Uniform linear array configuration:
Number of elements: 64
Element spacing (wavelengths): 0.75
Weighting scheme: kaiser
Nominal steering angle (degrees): -45
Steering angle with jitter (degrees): -46.09
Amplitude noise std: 0.05
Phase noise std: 0.05

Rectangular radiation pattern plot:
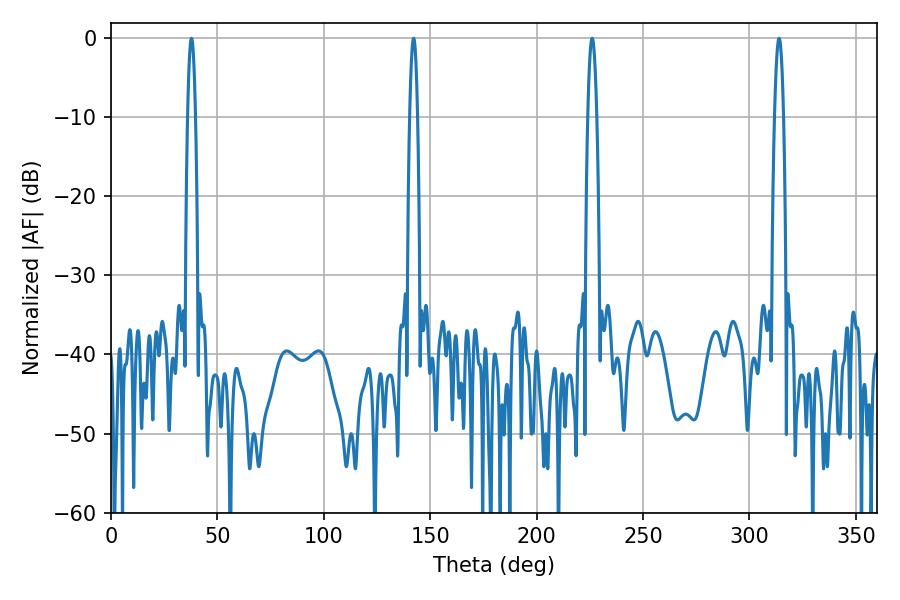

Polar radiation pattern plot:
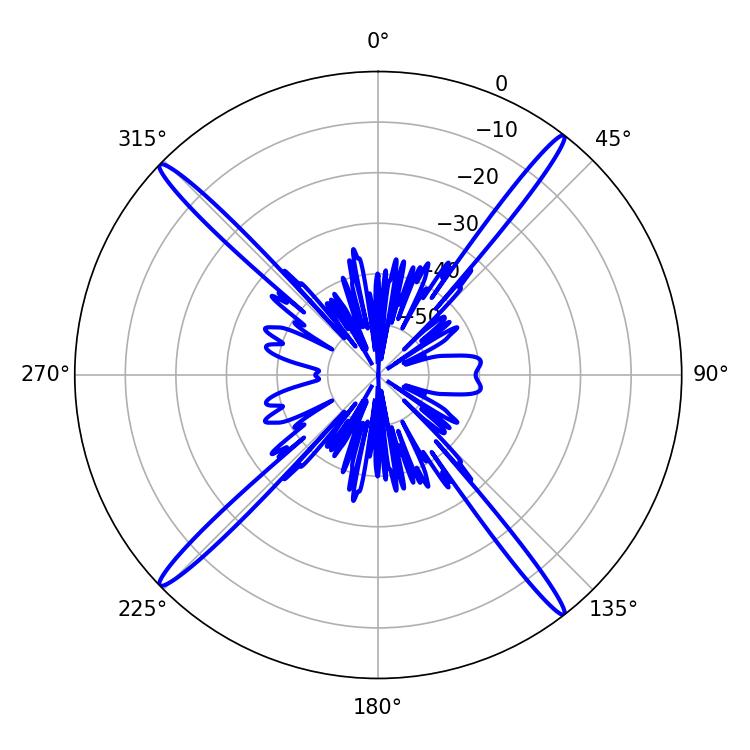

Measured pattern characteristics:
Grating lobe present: TRUE
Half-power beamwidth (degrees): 2.16
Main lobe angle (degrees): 226.08